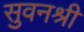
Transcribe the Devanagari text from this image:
सुवनश्री